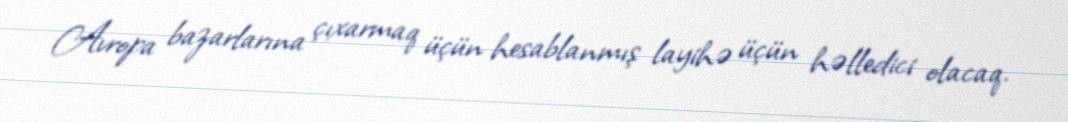
Avropa bazarlarına çıxarmaq üçün hesablanmış layihə üçün həlledici olacaq.